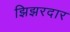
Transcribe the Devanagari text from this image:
झिझरदार